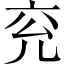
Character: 兖